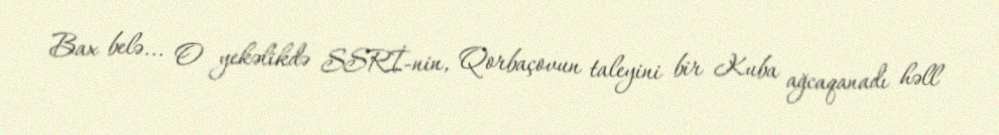
Bax belə... O yekəlikdə SSRİ-nin, Qorbaçovun taleyini bir Kuba ağcaqanadı həll